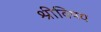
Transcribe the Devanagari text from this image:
श्रीविषय